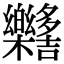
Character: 𣡳